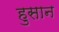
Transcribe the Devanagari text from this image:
हुसान